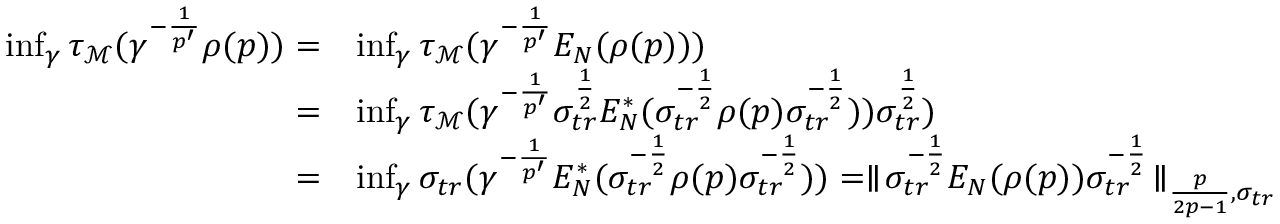
\begin{array} { r l } { \operatorname* { i n f } _ { \gamma } \tau _ { \mathcal M } ( \gamma ^ { - \frac { 1 } { p ^ { \prime } } } \rho ( p ) ) = } & { \operatorname* { i n f } _ { \gamma } \tau _ { \mathcal M } ( \gamma ^ { - \frac { 1 } { p ^ { \prime } } } E _ { N } ( \rho ( p ) ) ) } \\ { = } & { \operatorname* { i n f } _ { \gamma } \tau _ { \mathcal M } ( \gamma ^ { - \frac { 1 } { p ^ { \prime } } } \sigma _ { t r } ^ { \frac { 1 } { 2 } } E _ { N } ^ { * } ( \sigma _ { t r } ^ { - \frac { 1 } { 2 } } \rho ( p ) \sigma _ { t r } ^ { - \frac { 1 } { 2 } } ) ) \sigma _ { t r } ^ { \frac { 1 } { 2 } } ) } \\ { = } & { \operatorname* { i n f } _ { \gamma } \sigma _ { t r } ( \gamma ^ { - \frac { 1 } { p ^ { \prime } } } E _ { N } ^ { * } ( \sigma _ { t r } ^ { - \frac { 1 } { 2 } } \rho ( p ) \sigma _ { t r } ^ { - \frac { 1 } { 2 } } ) ) = \parallel \! \sigma _ { t r } ^ { - \frac { 1 } { 2 } } E _ { N } ( \rho ( p ) ) \sigma _ { t r } ^ { - \frac { 1 } { 2 } } \! \parallel _ { \frac { p } { 2 p - 1 } , \sigma _ { t r } } } \end{array}